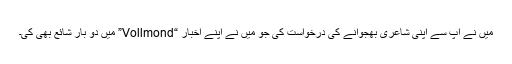
مَیں نے آپ سے اپنی شاعری بھجوانے کی درخواست کی جو مَیں نے اپنے اخبار “Vollmond” میں دو بار شائع بھی کی۔